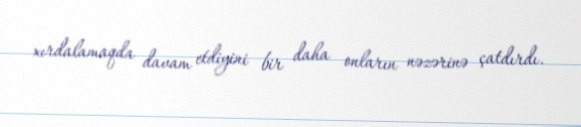
xırdalamaqda davam etdiyini bir daha onların nəzərinə çatdırdı.